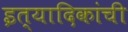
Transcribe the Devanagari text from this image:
इत्यादिकांची